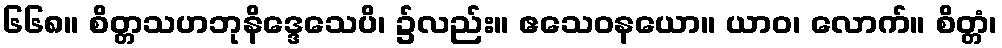
၆၆၈။ စိတ္တသဟဘုနိဒ္ဒေသေပိ၊ ၌လည်း။ ဧသေဝနယော။ ယာဝ၊ လောက်။ စိတ္တံ၊